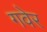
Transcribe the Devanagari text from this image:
गवेर